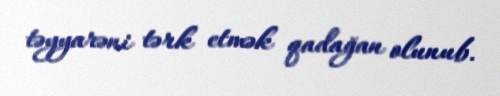
təyyarəni tərk etmək qadağan olunub.